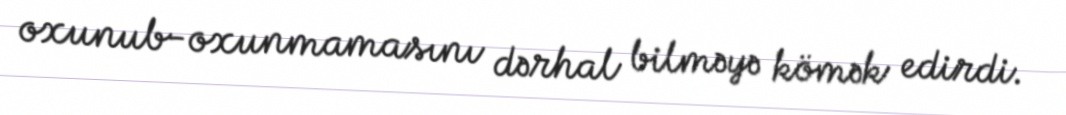
oxunub-oxunmamasını dərhal bilməyə kömək edirdi.